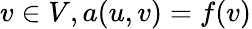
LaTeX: v\in V,a(u,v)=f(v)